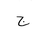
Letter: _gim